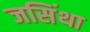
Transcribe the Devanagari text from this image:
जसिंथा